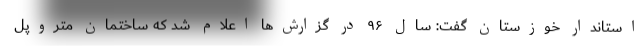
استاندار خوزستان گفت: سال ۹۶ در گزارش‌ها اعلام شد که ساختمان متروپل